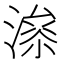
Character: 𱨤